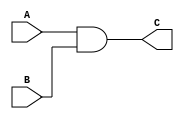
module generate_function (
    input wire A,
    input wire B,
    output reg C
);

always @* begin
    C = A & B; // AND operation on input signals A and B
end

endmodule